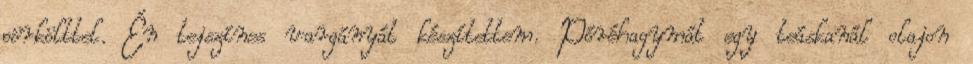
pörkölttel. Én tejszínes vargányát készítettem. Póréhagymát egy teáskanál olajon